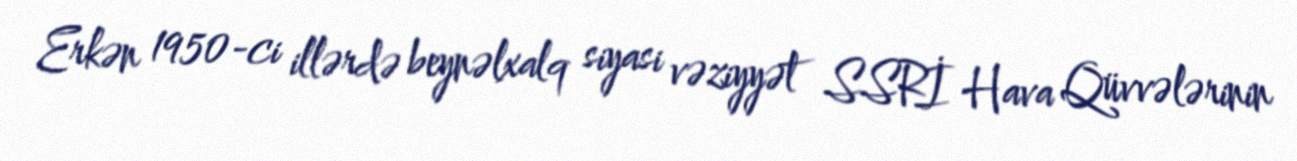
Erkən 1950-ci illərdə beynəlxalq siyasi vəziyyət SSRİ Hava Qüvvələrinin